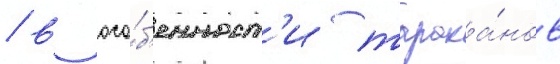
/ в осо́б'енност'и тарака́нов